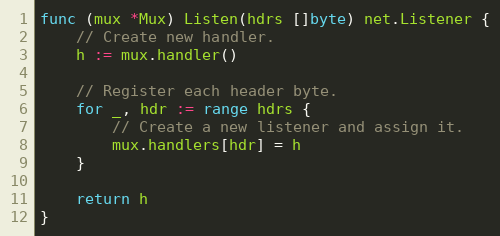
Language: Go
func (mux *Mux) Listen(hdrs []byte) net.Listener {
	// Create new handler.
	h := mux.handler()

	// Register each header byte.
	for _, hdr := range hdrs {
		// Create a new listener and assign it.
		mux.handlers[hdr] = h
	}

	return h
}